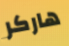
هاركر